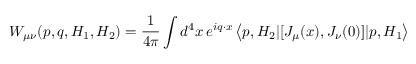
W _ { \mu \nu } ( p , q , H _ { 1 } , H _ { 2 } ) = { \frac { 1 } { 4 \pi } } \int d ^ { 4 } x \, e ^ { i q \cdot x } \left< p , H _ { 2 } | [ J _ { \mu } ( x ) , J _ { \nu } ( 0 ) ] | p , H _ { 1 } \right>